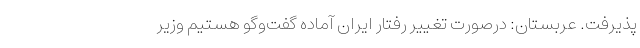
پذیرفت. عربستان: درصورت تغییر رفتار ایران آماده گفت‌وگو هستیم وزیر